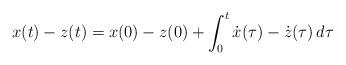
LaTeX: \begin{align*}x(t)-z(t) = x(0)-z(0)+\int_0^t \dot{x}(\tau)-\dot{z}(\tau) \,d\tau\end{align*}